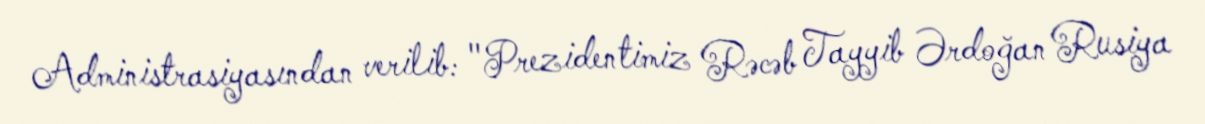
Administrasiyasından verilib: "Prezidentimiz Rəcəb Tayyib Ərdoğan Rusiya